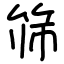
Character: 筛